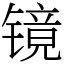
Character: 镜